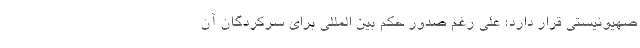
صهیونیستی قرار دارد؛ علی رغم صدور حکم بین المللی برای سرکردگان آن